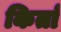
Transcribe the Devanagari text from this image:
किर्ता